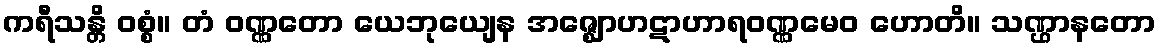
ကရီသန္တိ ဝစ္စံ။ တံ ဝဏ္ဏတော ယေဘုယျေန အဇ္ဈောဟဋာဟာရဝဏ္ဏမေဝ ဟောတိ။ သဏ္ဌာနတော